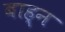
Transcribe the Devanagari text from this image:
बाह्न